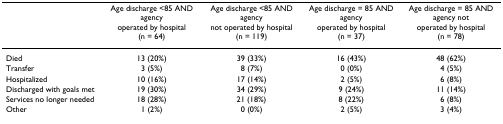
<table><thead><tr><td></td><td><b>Age discharge &lt;85 AND agency operated by hospital (n = 64)</b></td><td><b>Age discharge &lt;85 AND agency not operated by hospital (n = 119)</b></td><td><b>Age discharge = 85 AND agency operated by hospital (n = 37)</b></td><td><b>Age discharge = 85 AND agency not operated by hospital (n = 78)</b></td></tr></thead><tbody><tr><td>Died</td><td>13 (20%)</td><td>39 (33%)</td><td>16 (43%)</td><td>48 (62%)</td></tr><tr><td>Transfer</td><td>3 (5%)</td><td>8 (7%)</td><td>0 (0%)</td><td>4 (5%)</td></tr><tr><td>Hospitalized</td><td>10 (16%)</td><td>17 (14%)</td><td>2 (5%)</td><td>6 (8%)</td></tr><tr><td>Discharged with goals met</td><td>19 (30%)</td><td>34 (29%)</td><td>9 (24%)</td><td>11 (14%)</td></tr><tr><td>Services no longer needed</td><td>18 (28%)</td><td>21 (18%)</td><td>8 (22%)</td><td>6 (8%)</td></tr><tr><td>Other</td><td>1 (2%)</td><td>0 (0%)</td><td>2 (5%)</td><td>3 (4%)</td></tr></tbody></table>